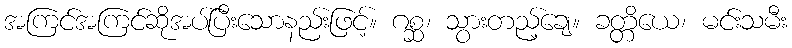
အကြင်အကြင်ဆိုအပ်ပြီးသောနည်းဖြင့်။ ဂစ္ဆ၊ သွားတည့်ချေ။ ခတ္တိယေ၊ မင်းသမီး